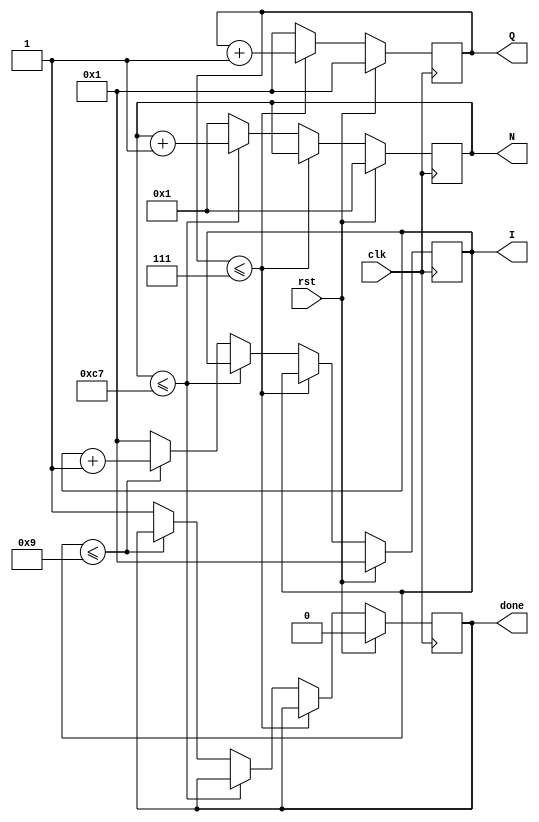
module CNT(
  clk,rst,
  Q,N,I,
  done
);

input clk,rst;
output [3:0] Q; //1~8 // Input .* weight1 1~8 => hidden result
output [7:0] N; //1~200 // hidden result .* 1~200 => finial result
output [3:0] I; //1~10 // finial result output
reg [3:0] Q;
reg [7:0] N;
reg [3:0] I;
output reg done;

always @(posedge clk ) begin
  if (rst) begin
    Q <= 1;
    N <= 1;
    I <= 1;
    done <= 0;
  end 

  else begin
    if (Q <= 7) begin
      Q <= Q + 1;
    end 
    else begin
      Q <= 1;

      if (N <= 199) begin
        N <= N + 1;
      end 
      else begin
        N <= 1;
        if (I <= 9) begin
          I <= I + 1;
        end 
        else begin
          I <= 1;
          done <= 1;
        end
      end
    end
  end
  end 


endmodule // CNT